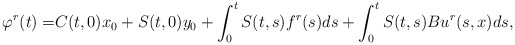
\begin{align*}\varphi^r(t)=&C(t,0)x_0+S(t,0)y_0+\int_0^t S(t,s)f^r(s)ds+\int_0^t S(t,s)Bu^r(s,x) ds,\end{align*}